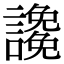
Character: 䜛